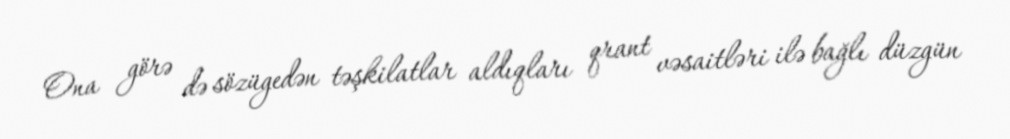
Ona görə də sözügedən təşkilatlar aldıqları qrant vəsaitləri ilə bağlı düzgün